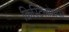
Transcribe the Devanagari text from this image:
क्रिस्टिलोग्राफी